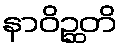
နာဝိဉ္ဆတိ